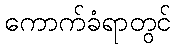
ကောက်ခံရာတွင်